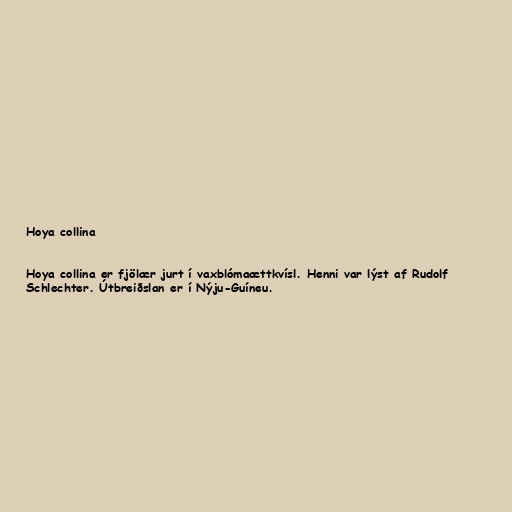
Hoya collina

Hoya collina er fjölær jurt í vaxblómaættkvísl. Henni var lýst af Rudolf
Schlechter. Útbreiðslan er í Nýju-Guíneu.